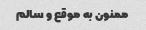
ممنون به موقع و سالم